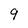
Character: 9